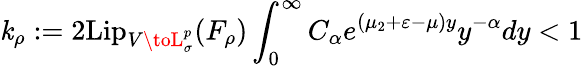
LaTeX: \mathit{k}_{\rho}:=2\mathrm{{Lip}}_{V\toL_{\sigma}^{p}}(F_{\rho})\int_{0}^{\infty}C_{\alpha}e^{(\mu_{2}+\varepsilon-\mu)y}y^{-\alpha}dy<1